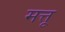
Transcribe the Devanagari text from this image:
मत्तू